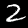
Label: 2